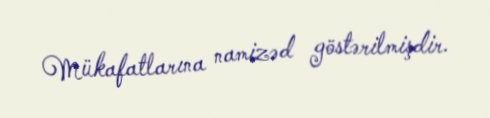
Mükafatlarına namizəd göstərilmişdir.